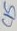
Text: C15